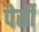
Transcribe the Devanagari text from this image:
पेर्सी